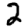
Digit: 2